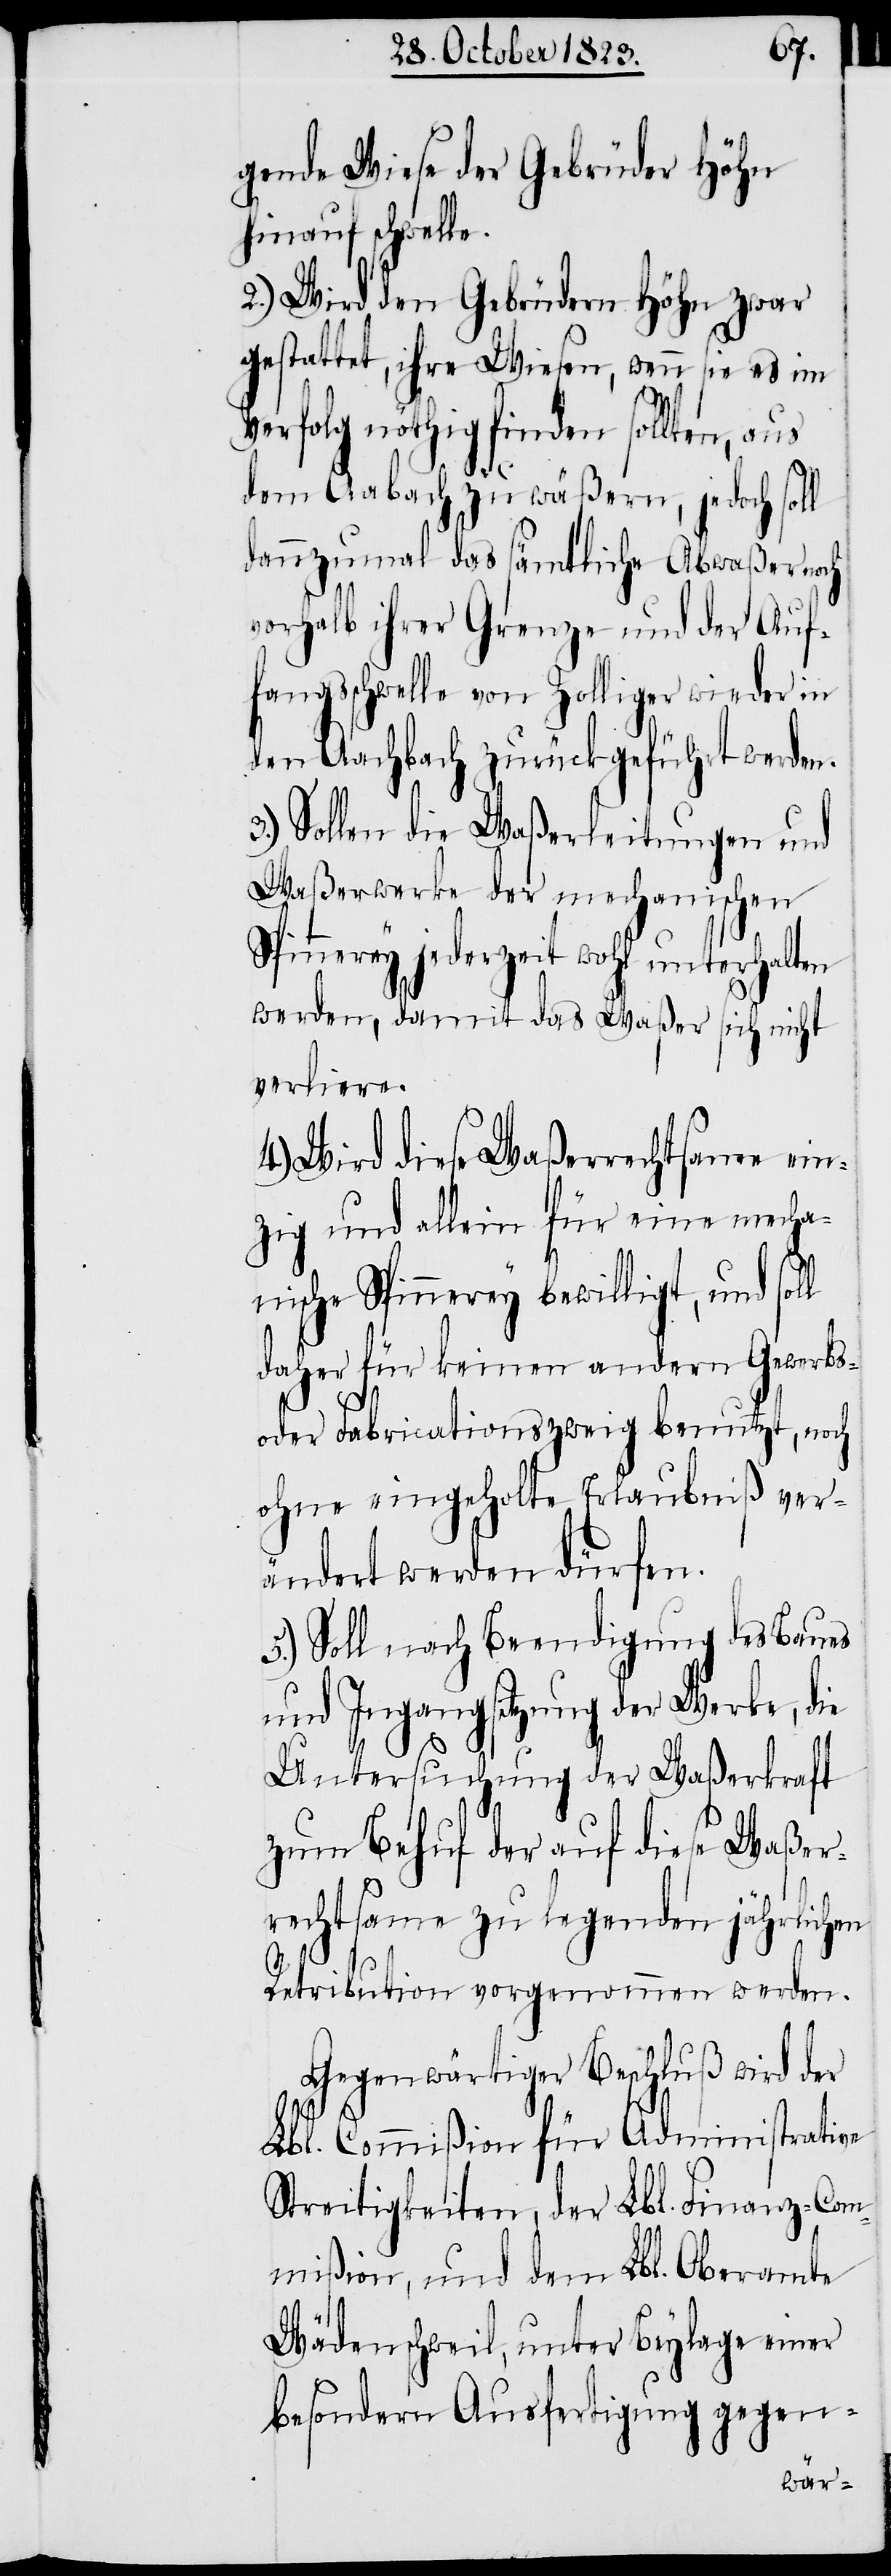
gende Wiese der Gebrüder Höhn
hinauf schwelle.
2.) Wird den Gebrüdern Höhn zwar
gestattet, ihre Wiesen, wenn sie es im
Verfolg nöthig finden sollten, aus
dem Aabach zu wäßern, jedoch soll
dannzumal das sämtliche Abwaßer noch
vorhalb ihrer Grenze und der Auf¬
fangsschwelle von Zolliger wieder in
den Aachbach zurückgeführt werden.
Sollen die Waßerleitungen und
Waßerwerke der mechanischen
Spinnerey jederzeit wohl unterhalten
werden, damit das Waßer sich nicht
verliere.
4.) Wird diese Waßerrechtsame ein¬
zig und allein für eine mecha¬
nische Spinnerey bewilligt, und soll
daher für keinen andern Gewerbs-
oder Fabricationszweig benutzt, noch
ohne eingeholte Erlaubniß ver¬
ändert werden dürfen.
5.) Soll nach Beendigung des Baues
und Ingangsetzung der Werke, die
Untersuchung der Waßerkraft
zum Behuf der auf diese Waßer¬
rechtsame zu legenden jährlichen
Retribution vorgenommen werden.
Gegenwärtiger Beschluß wird der
Lbl. Commißion für Administrative
Streitigkeiten, der Lbl. Finanz-Com¬
mißion, und dem Lbl. Oberamte
Wädenschweil, unter Beylage einer
besondern Ausfertigung gegen-